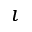
\imath